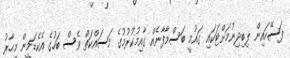
ފަސޭހައިން ލިބިދިނުމަށްޓަކައި ގައުމީ ބަސްމާފާނެއް ގާއިމުކުރުމުގެ މަސައްކަތް ވެސް ބަހުގެ އެކެޑަމީން މިހާރު